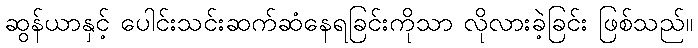
ဆွန်ယာနှင့် ပေါင်းသင်းဆက်ဆံနေရခြင်းကိုသာ လိုလားခဲ့ခြင်း ဖြစ်သည်။